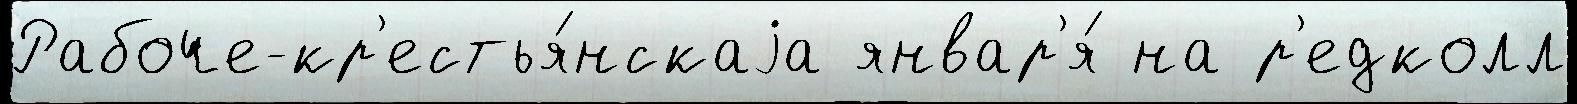
Рабоче-кр'естья́нскаjа январ'я́ на р'едколл